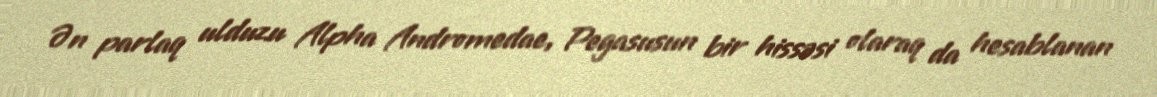
Ən parlaq ulduzu Alpha Andromedae, Pegasusun bir hissəsi olaraq da hesablanan